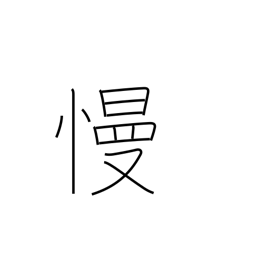
Meaning: ridicule